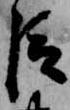
臣